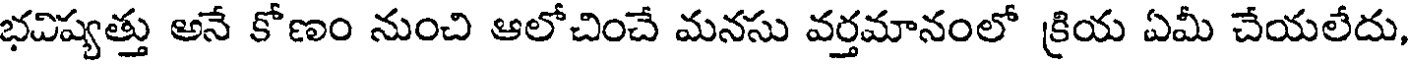
భవిష్యత్తు అనే కోణం నుంచి ఆలోచించే మనసు వర్తమానంలో క్రియ ఏమీ చేయలేదు,